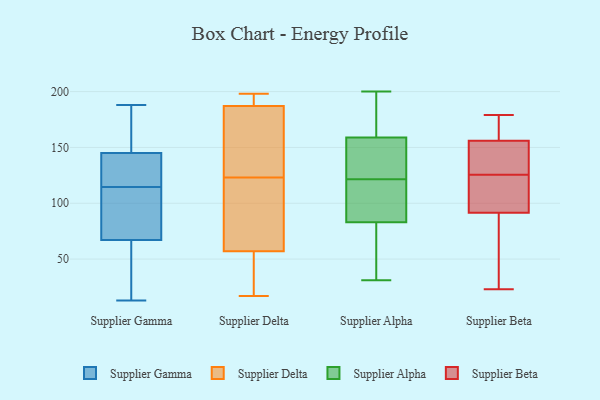
{"axis": {"x": "Bounce Rate (%)", "y": "Value"}, "legend": ["Supplier Alpha", "Supplier Beta", "Supplier Delta", "Supplier Gamma"], "data": [{"x": "", "y": 70, "type": "Supplier Gamma"}, {"x": "", "y": 183, "type": "Supplier Gamma"}, {"x": "", "y": 47, "type": "Supplier Gamma"}, {"x": "", "y": 77, "type": "Supplier Gamma"}, {"x": "", "y": 129, "type": "Supplier Gamma"}, {"x": "", "y": 178, "type": "Supplier Gamma"}, {"x": "", "y": 188, "type": "Supplier Gamma"}, {"x": "", "y": 173, "type": "Supplier Gamma"}, {"x": "", "y": 142, "type": "Supplier Gamma"}, {"x": "", "y": 100, "type": "Supplier Gamma"}, {"x": "", "y": 145, "type": "Supplier Gamma"}, {"x": "", "y": 85, "type": "Supplier Gamma"}, {"x": "", "y": 140, "type": "Supplier Gamma"}, {"x": "", "y": 137, "type": "Supplier Gamma"}, {"x": "", "y": 13, "type": "Supplier Gamma"}, {"x": "", "y": 67, "type": "Supplier Gamma"}, {"x": "", "y": 45, "type": "Supplier Gamma"}, {"x": "", "y": 40, "type": "Supplier Gamma"}, {"x": "", "y": 151, "type": "Supplier Delta"}, {"x": "", "y": 159, "type": "Supplier Delta"}, {"x": "", "y": 192, "type": "Supplier Delta"}, {"x": "", "y": 17, "type": "Supplier Delta"}, {"x": "", "y": 57, "type": "Supplier Delta"}, {"x": "", "y": 198, "type": "Supplier Delta"}, {"x": "", "y": 187, "type": "Supplier Delta"}, {"x": "", "y": 190, "type": "Supplier Delta"}, {"x": "", "y": 100, "type": "Supplier Delta"}, {"x": "", "y": 100, "type": "Supplier Delta"}, {"x": "", "y": 55, "type": "Supplier Delta"}, {"x": "", "y": 89, "type": "Supplier Delta"}, {"x": "", "y": 54, "type": "Supplier Delta"}, {"x": "", "y": 195, "type": "Supplier Delta"}, {"x": "", "y": 66, "type": "Supplier Delta"}, {"x": "", "y": 159, "type": "Supplier Delta"}, {"x": "", "y": 25, "type": "Supplier Delta"}, {"x": "", "y": 146, "type": "Supplier Delta"}, {"x": "", "y": 87, "type": "Supplier Alpha"}, {"x": "", "y": 47, "type": "Supplier Alpha"}, {"x": "", "y": 91, "type": "Supplier Alpha"}, {"x": "", "y": 169, "type": "Supplier Alpha"}, {"x": "", "y": 159, "type": "Supplier Alpha"}, {"x": "", "y": 83, "type": "Supplier Alpha"}, {"x": "", "y": 113, "type": "Supplier Alpha"}, {"x": "", "y": 120, "type": "Supplier Alpha"}, {"x": "", "y": 133, "type": "Supplier Alpha"}, {"x": "", "y": 33, "type": "Supplier Alpha"}, {"x": "", "y": 58, "type": "Supplier Alpha"}, {"x": "", "y": 129, "type": "Supplier Alpha"}, {"x": "", "y": 137, "type": "Supplier Alpha"}, {"x": "", "y": 200, "type": "Supplier Alpha"}, {"x": "", "y": 161, "type": "Supplier Alpha"}, {"x": "", "y": 181, "type": "Supplier Alpha"}, {"x": "", "y": 31, "type": "Supplier Alpha"}, {"x": "", "y": 123, "type": "Supplier Alpha"}, {"x": "", "y": 124, "type": "Supplier Beta"}, {"x": "", "y": 23, "type": "Supplier Beta"}, {"x": "", "y": 156, "type": "Supplier Beta"}, {"x": "", "y": 127, "type": "Supplier Beta"}, {"x": "", "y": 174, "type": "Supplier Beta"}, {"x": "", "y": 136, "type": "Supplier Beta"}, {"x": "", "y": 156, "type": "Supplier Beta"}, {"x": "", "y": 38, "type": "Supplier Beta"}, {"x": "", "y": 83, "type": "Supplier Beta"}, {"x": "", "y": 122, "type": "Supplier Beta"}, {"x": "", "y": 100, "type": "Supplier Beta"}, {"x": "", "y": 179, "type": "Supplier Beta"}]}